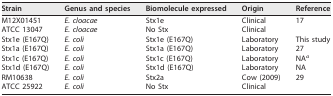
| Strain | Genus and species | Biomolecule expressed | Origin | Reference |
 | --- | --- | --- | --- | --- |
 | M12X01451 | E. cloacae | Stx1e | Clinical | 17 |
 | ATCC 13047 | E. cloacae | No Stx | Clinical |  |
 | Stx1e (E167Q) | E. coli | Stx1e (E167Q) | Laboratory | This study |
 | Stx1a (E167Q) | E. coli | Stx1a (E167Q) | Laboratory | 27 |
 | Stx1c (E167Q) | E. coli | Stx1c (E167Q) | Laboratory | NAa |
 | Stx1d (E167Q) | E. coli | Stx1d (E167Q) | Laboratory | NA |
 | RM10638 | E. coli | Stx2a | Cow (2009) | 29 |
 | ATCC 25922 | E. coli | No Stx | Clinical |  |